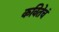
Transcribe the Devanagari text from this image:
कवितेचं